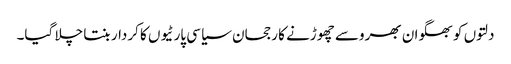
دلتوں کو بھگوان بھروسے چھوڑنے کا رجحان سیاسی پارٹیوں کا کردار بنتا چلا گیا۔